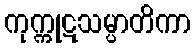
ကုက္ကုဋသမ္ပာတိကာ